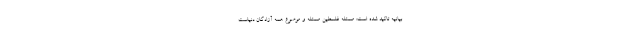
بیانیه تاکید شده است: مسئله فلسطین مسئله و موضوع همه آزادگان دنیاست